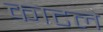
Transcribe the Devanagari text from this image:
काटले